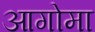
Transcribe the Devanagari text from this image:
आगोमा